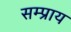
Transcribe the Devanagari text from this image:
सम्प्राय